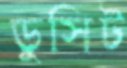
ডুসিট